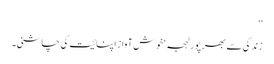
‘‘
زندگی سے بھرپور لہجہ ‘ خوش آواز اپنائیت کی چاشنی۔